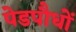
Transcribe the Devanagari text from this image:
पेडपौधों